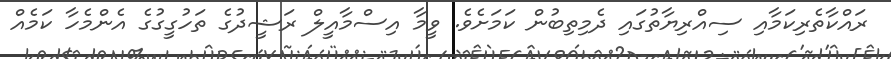
ރައްކާތެރިކަމާއި ސިއްރިޔާތުގައި ދެމިތިބުން ކަމަށެވެ. ވީމާ އިސްމާއީލް ރަޝީދުގެ ތަހުގީގުގެ އެންމެހާ ކަމެއް